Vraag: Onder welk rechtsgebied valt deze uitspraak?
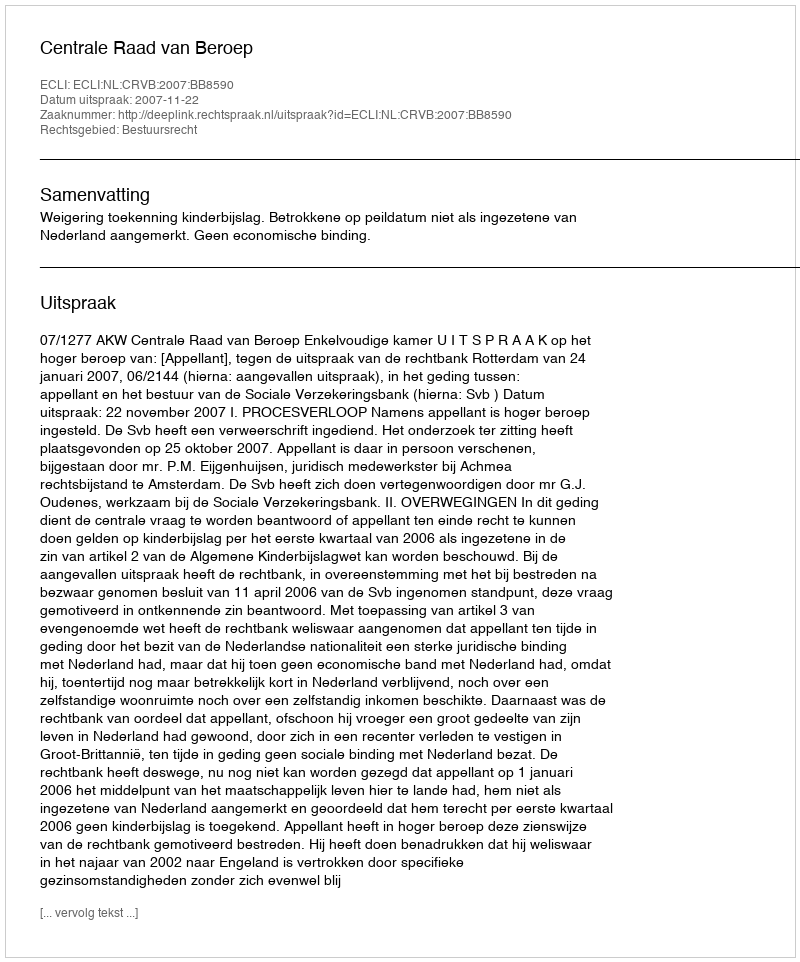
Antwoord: Bestuursrecht